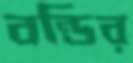
বন্ডির